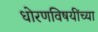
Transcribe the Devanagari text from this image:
धोरणविषयींच्या